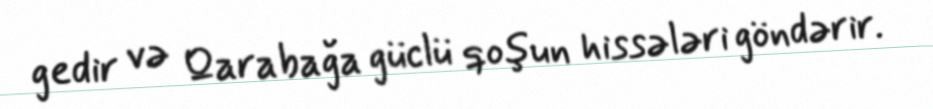
gedir və Qarabağa güclü qoşun hissələri göndərir.